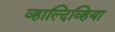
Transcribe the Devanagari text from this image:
व्हाल्दिव्हिया